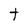
Character: t